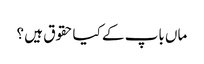
ماں باپ کے کیاحقوق ہیں ؟